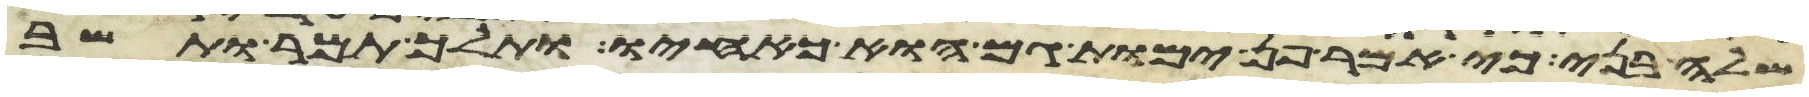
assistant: שלה בני כי אמר פן ימות גם הוא כאחיו ותלך תמר ותשב